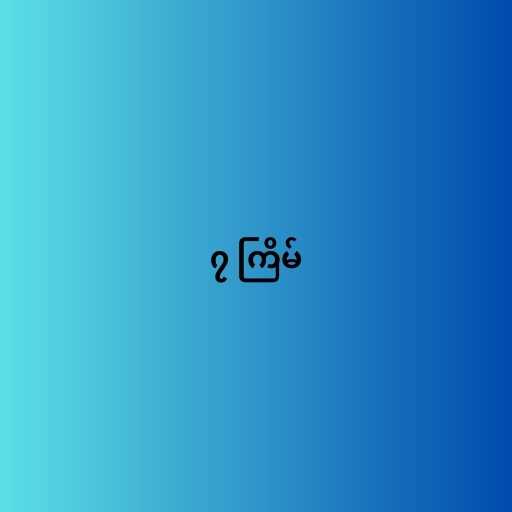
၇ ကြိမ်